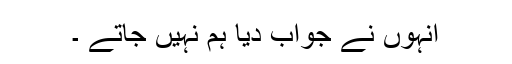
انہوں نے جواب دیا ہم نہیں جاتے ۔